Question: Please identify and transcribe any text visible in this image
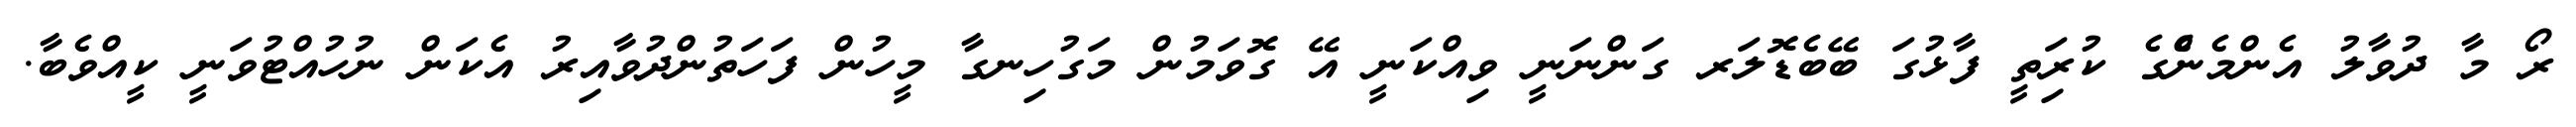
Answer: ރޯ މާ ދުވާލު އެންމެންެގެ ކުރިަތީ ފާޅުގަ ބޭބެޑޮލަރ ގަންނަނީ ވިއްކަނީ އޭ ގޮވަމުން މަގުހިނގާ މީހުން ފަހަތުންދުވާއިރު އެކަން ނުހުއްޓުވަނީ ކީއްވެބާ.